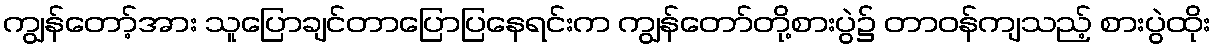
ကျွန်တော့်အား သူပြောချင်တာပြောပြနေရင်းက ကျွန်တော်တို့စားပွဲ၌ တာဝန်ကျသည့် စားပွဲထိုး